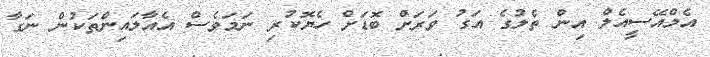
އެމްއޭސީއެލް އިން ތެލުގެ އަގު ވަރަށް ބޮޑަށް ހެޔޮކުރި ނަމަވެސް އެއާލައިންތަކުން ނަގާ